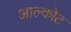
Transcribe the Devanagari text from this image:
आल्कोट